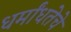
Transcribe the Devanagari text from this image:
धर्मांधतेचे